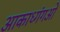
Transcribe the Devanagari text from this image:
आकाध्गंगओं